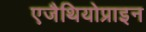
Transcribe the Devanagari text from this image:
एजैथियोप्राइन